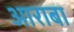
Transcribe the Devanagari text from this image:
आराबा